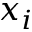
x _ { i }